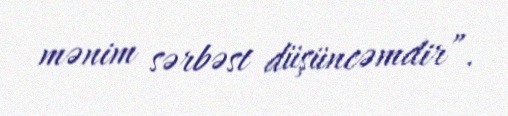
mənim sərbəst düşüncəmdir”.